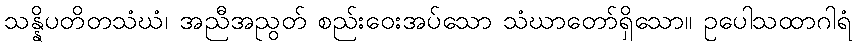
သန္နိပတိတသံဃံ၊ အညီအညွတ် စည်းဝေးအပ်သော သံဃာတော်ရှိသော။ ဥပေါသထာဂါရံ